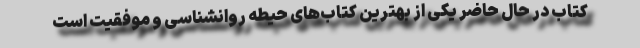
کتاب در حال حاضر یکی از بهترین کتاب‌های حیطه روانشناسی و موفقیت است